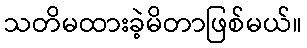
သတိမထားခဲ့မိတာဖြစ်မယ်။